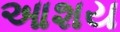
આશય